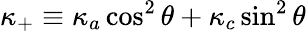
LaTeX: \kappa_{+}\equiv\kappa_{a}\cos^{2}\theta+\kappa_{c}\sin^{2}\theta